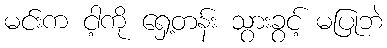
မင်းက ငါ့ကို ရှေ့တန်း သွားခွင့် မပြုဘဲ